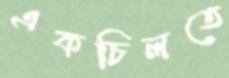
একচিলতে